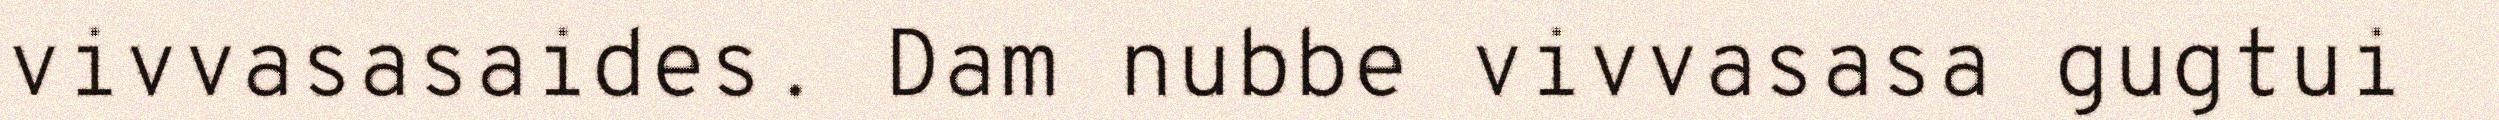
vivvasasaides. Dam nubbe vivvasasa gugtui